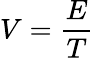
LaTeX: V=\frac{E}{T}